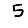
Digit: 5